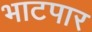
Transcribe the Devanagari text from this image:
भाटपार